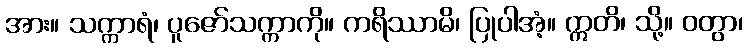
အား။ သက္ကာရံ၊ ပူဇော်သက္ကာကို။ ကရိဿာမိ၊ ပြုပါအံ့။ ဣတိ၊ သို့။ ဝတွာ၊